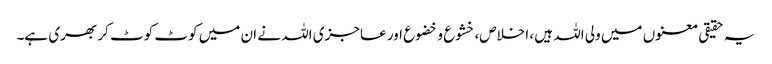
یہ حقیقی معنوں میں ولی اللہ ہیں ، اخلاص، خشوع و خضوع اور عاجزی اللہ نے ان میں کوٹ کوٹ کر بھری ہے۔